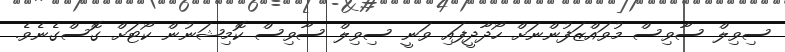
ސިވިލް ސާވިސް މުވައްޒަފުންނަށް ހޯދާދީފައި ވަނީ ސިވިލް ސާވިސް ކޮމިޝަނުން ކޯޓަށް ގޮސްގެނެވެ.